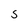
Character: 5